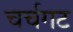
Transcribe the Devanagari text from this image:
चर्चगट